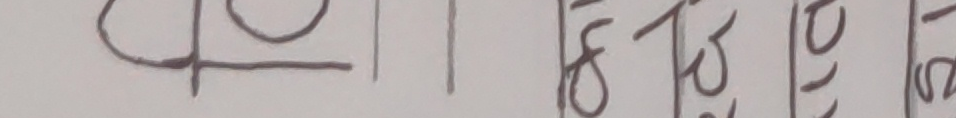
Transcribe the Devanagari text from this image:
हो जि हो ।